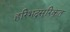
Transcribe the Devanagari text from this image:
हरिभद्रसूरिकृत